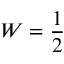
W = \frac { 1 } { 2 }